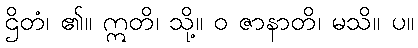
ဌိတံ၊ ၏။ ဣတိ၊ သို့။ ဝ ဇာနာတိ၊ မသိ။ ပ။